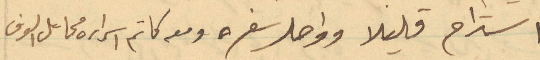
استدام قليلا وواصل سفره ومعه كاتم اسراره مخائيل الوف